Eesti_Peakonsulaat_New_Yorgis, lk 135
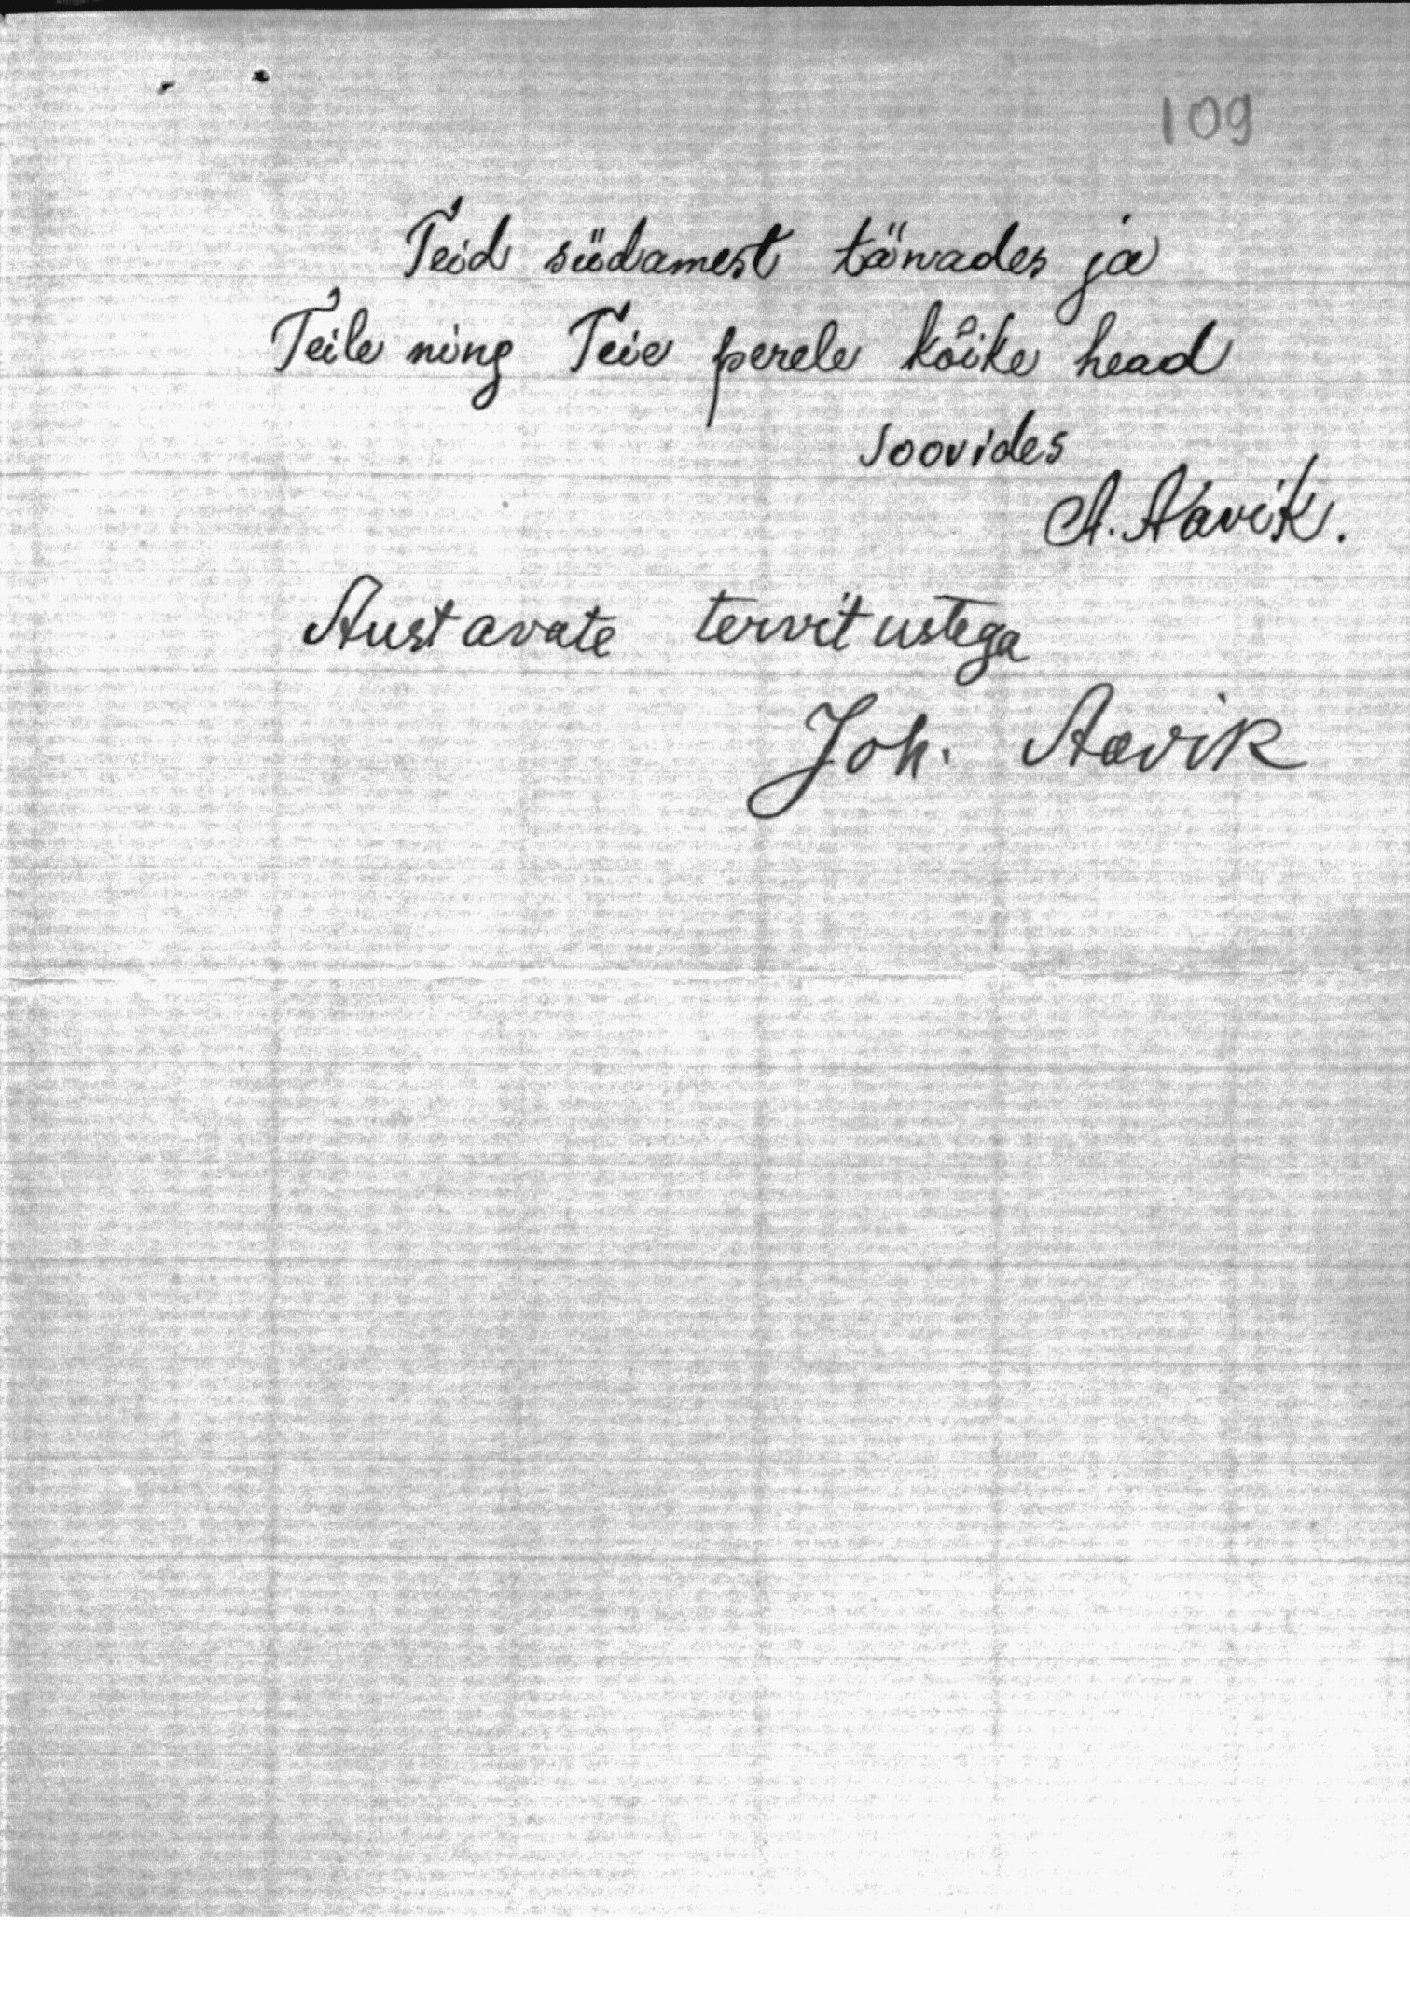
109

Teid südamest tänades ja
Teile ning Teie perele kõike head
Soovides
A. Aavik.
Austavate tervitustega
Joh. Aavik